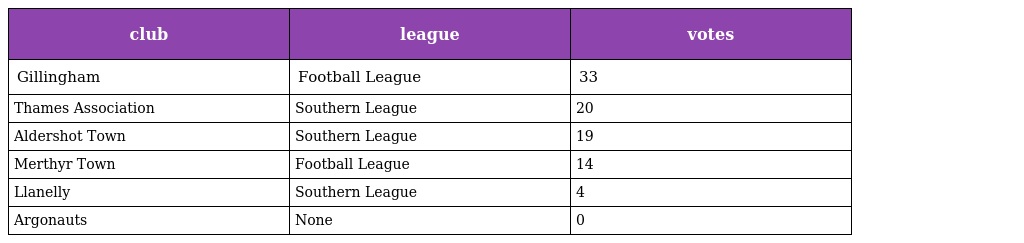
| club | league | votes |
 | --- | --- | --- |
 | Gillingham | Football League | 33 |
 | Thames Association | Southern League | 20 |
 | Aldershot Town | Southern League | 19 |
 | Merthyr Town | Football League | 14 |
 | Llanelly | Southern League | 4 |
 | Argonauts | None | 0 |